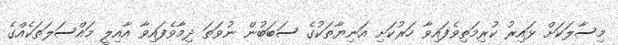
މިސާލަކަށް ޅައިރު ކުރިމަތިވެފައިވާ ހަރުކަށި އަނިޔާތަކުގެ ސަބަބުން ނުވަތަ ދިމާވެފައިވާ އާއިލީ މައްސަލަތަކެއްގެ